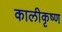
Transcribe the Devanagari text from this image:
कालीकृष्ण